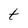
Character: t